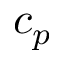
c _ { p }